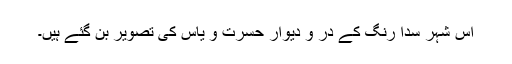
اس شہر سدا رنگ کے در و دیوار حسرت و یاس کی تصویر بن گئے ہیں۔